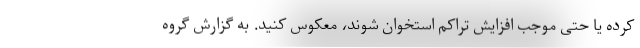
کرده یا حتی موجب افزایش تراکم استخوان شوند، معکوس کنید. به گزارش گروه